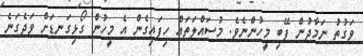
ވަގުތު ނަމާދުން ފޭބި މީހުންނެވެ. މުސައްލަތައް ހިފައިގެން އެ މީހުން ގޯޅިގަނޑަށް ވަދެގަނެ